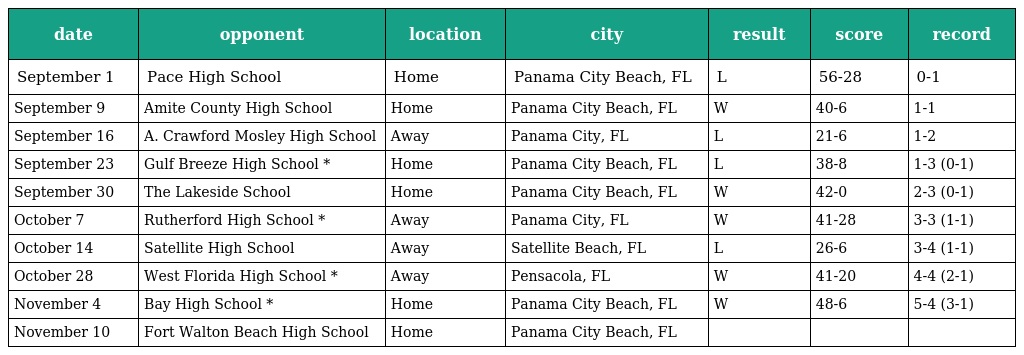
| date | opponent | location | city | result | score | record |
 | --- | --- | --- | --- | --- | --- | --- |
 | September 1 | Pace High School | Home | Panama City Beach, FL | L | 56-28 | 0-1 |
 | September 9 | Amite County High School | Home | Panama City Beach, FL | W | 40-6 | 1-1 |
 | September 16 | A. Crawford Mosley High School | Away | Panama City, FL | L | 21-6 | 1-2 |
 | September 23 | Gulf Breeze High School * | Home | Panama City Beach, FL | L | 38-8 | 1-3 (0-1) |
 | September 30 | The Lakeside School | Home | Panama City Beach, FL | W | 42-0 | 2-3 (0-1) |
 | October 7 | Rutherford High School * | Away | Panama City, FL | W | 41-28 | 3-3 (1-1) |
 | October 14 | Satellite High School | Away | Satellite Beach, FL | L | 26-6 | 3-4 (1-1) |
 | October 28 | West Florida High School * | Away | Pensacola, FL | W | 41-20 | 4-4 (2-1) |
 | November 4 | Bay High School * | Home | Panama City Beach, FL | W | 48-6 | 5-4 (3-1) |
 | November 10 | Fort Walton Beach High School | Home | Panama City Beach, FL |  |  |  |